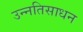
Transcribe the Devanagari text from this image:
उन्नतिसाधन